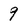
Character: 9